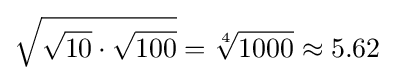
{\sqrt {{\sqrt {10}}\cdot {\sqrt {100}}}}={\sqrt[{4}]{1000}}\approx 5.62